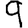
Digit: 9